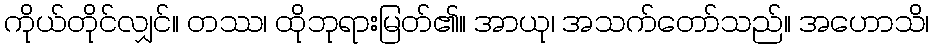
ကိုယ်တိုင်လျှင်။ တဿ၊ ထိုဘုရားမြတ်၏။ အာယု၊ အသက်တော်သည်။ အဟောသိ၊